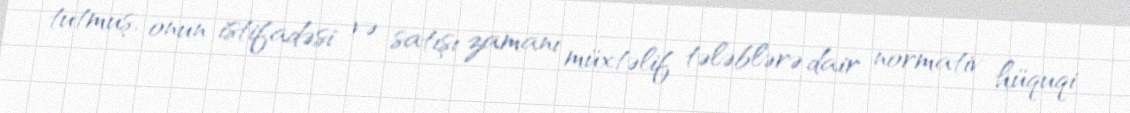
tutmuş, onun istifadəsi və satışı zamanı müxtəlif tələblərə dair normativ hüquqi